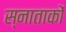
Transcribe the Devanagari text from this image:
स्नाताकों